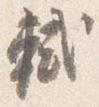
軾